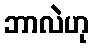
ဘာလဲဟု